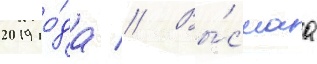
2019 го́да // Вы́сшаа